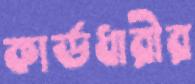
কার্ডধারীর